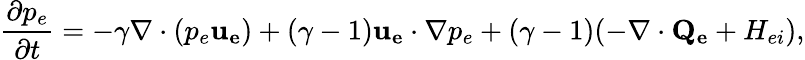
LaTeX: \frac{\partial p_{e}}{\partial t}=-\gamma\nabla\cdot(p_{e}{\mathbf{u_{e}}})+(\gamma-1){\mathbf{u_{e}}}\cdot\nabla p_{e}+(\gamma-1)(-\nabla\cdot{\mathbf{Q_{e}}}+H_{ei}),